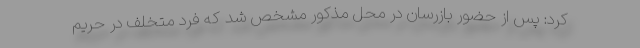
کرد: پس از حضور بازرسان در محل مذکور مشخص شد که فرد متخلف در حریم